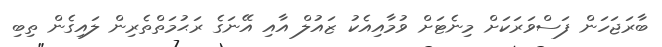
ބާރަޖަހަން ފަސްވަރަކަށް މިނެޓަށް ވުމާއިއެކު ޒައުލް އާއި އޭނަގެ ރަޙުމަތްތެރިން ލައިގެން ތިބި